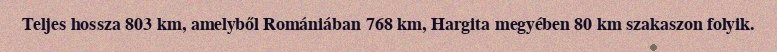
Teljes hossza 803 km, amelyből Romániában 768 km, Hargita megyében 80 km szakaszon folyik.